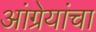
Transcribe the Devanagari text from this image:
आंग्रेयांचा